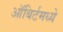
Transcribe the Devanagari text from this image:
ऑबिर्टमध्ये